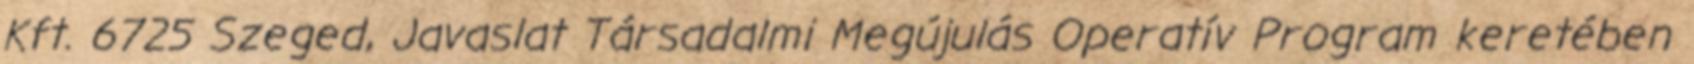
Kft. 6725 Szeged, Javaslat Társadalmi Megújulás Operatív Program keretében